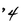
Character: 4